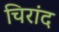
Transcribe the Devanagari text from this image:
चिरांद